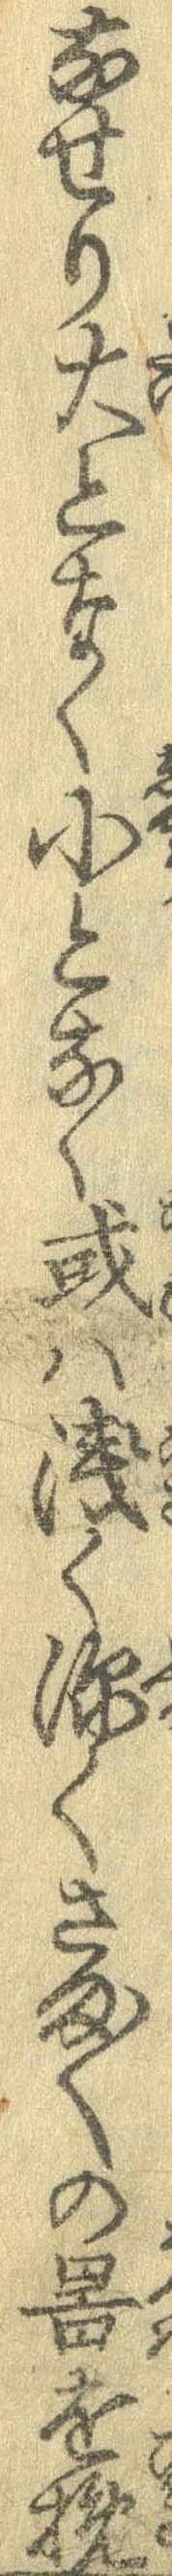
なせり大となく小となく或は浅く深くさま〱の器を挽